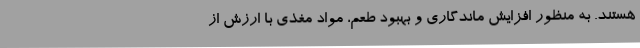
هستند. به منظور افزایش ماندگاری و بهبود طعم، مواد مغذی با ارزش از